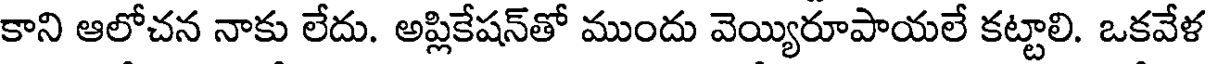
కాని ఆలోచన నాకు లేదు. అప్లికేషన్తో ముందు వెయ్యిరూపాయలే కట్టాలి. ఒకవేళ